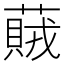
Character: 𦽒